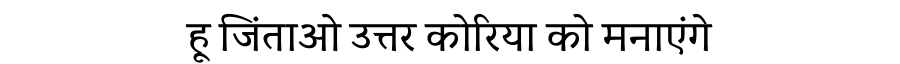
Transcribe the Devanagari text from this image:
हू जिंताओ उत्तर कोरिया को मनाएंगे